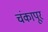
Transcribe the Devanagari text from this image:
चंकापूर